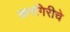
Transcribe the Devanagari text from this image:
कनगिरीचे